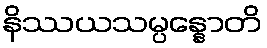
နိဿယသမ္ပန္နောတိ